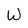
Character: W